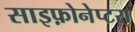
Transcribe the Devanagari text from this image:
साइफ़ोनेप्टरा